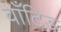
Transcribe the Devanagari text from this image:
वाँटिड